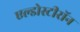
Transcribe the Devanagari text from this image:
एल्डोस्टीरॉन